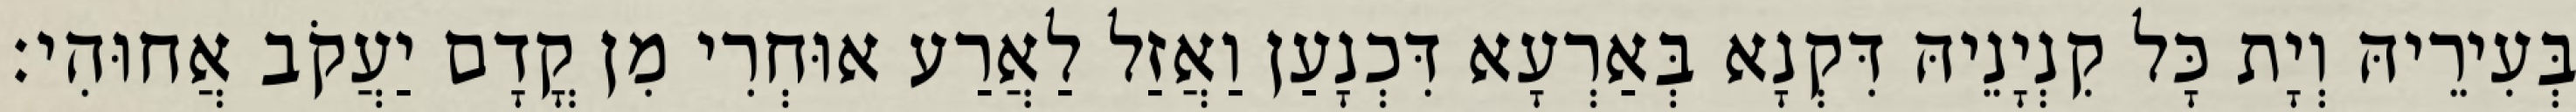
בְּעִירֵיהּ וְיָת כָּל קִנְיָנֵיהּ דִּקְנָא בְּאַרְעָא דִּכְנָעַן וַאֲזַל לַאֲרַע אוּחְרִי מִן קֳדָם יַעֲקֹב אֲחוּהִי׃